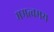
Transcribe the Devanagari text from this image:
ममत्वमय